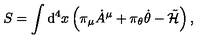
S = \int \mathrm { d } ^ { 4 } x \left( \pi _ { \mu } { \dot { A } } ^ { \mu } + \pi _ { \theta } \dot { \theta } - \tilde { \cal H } \right) ,